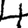
Digit: 4